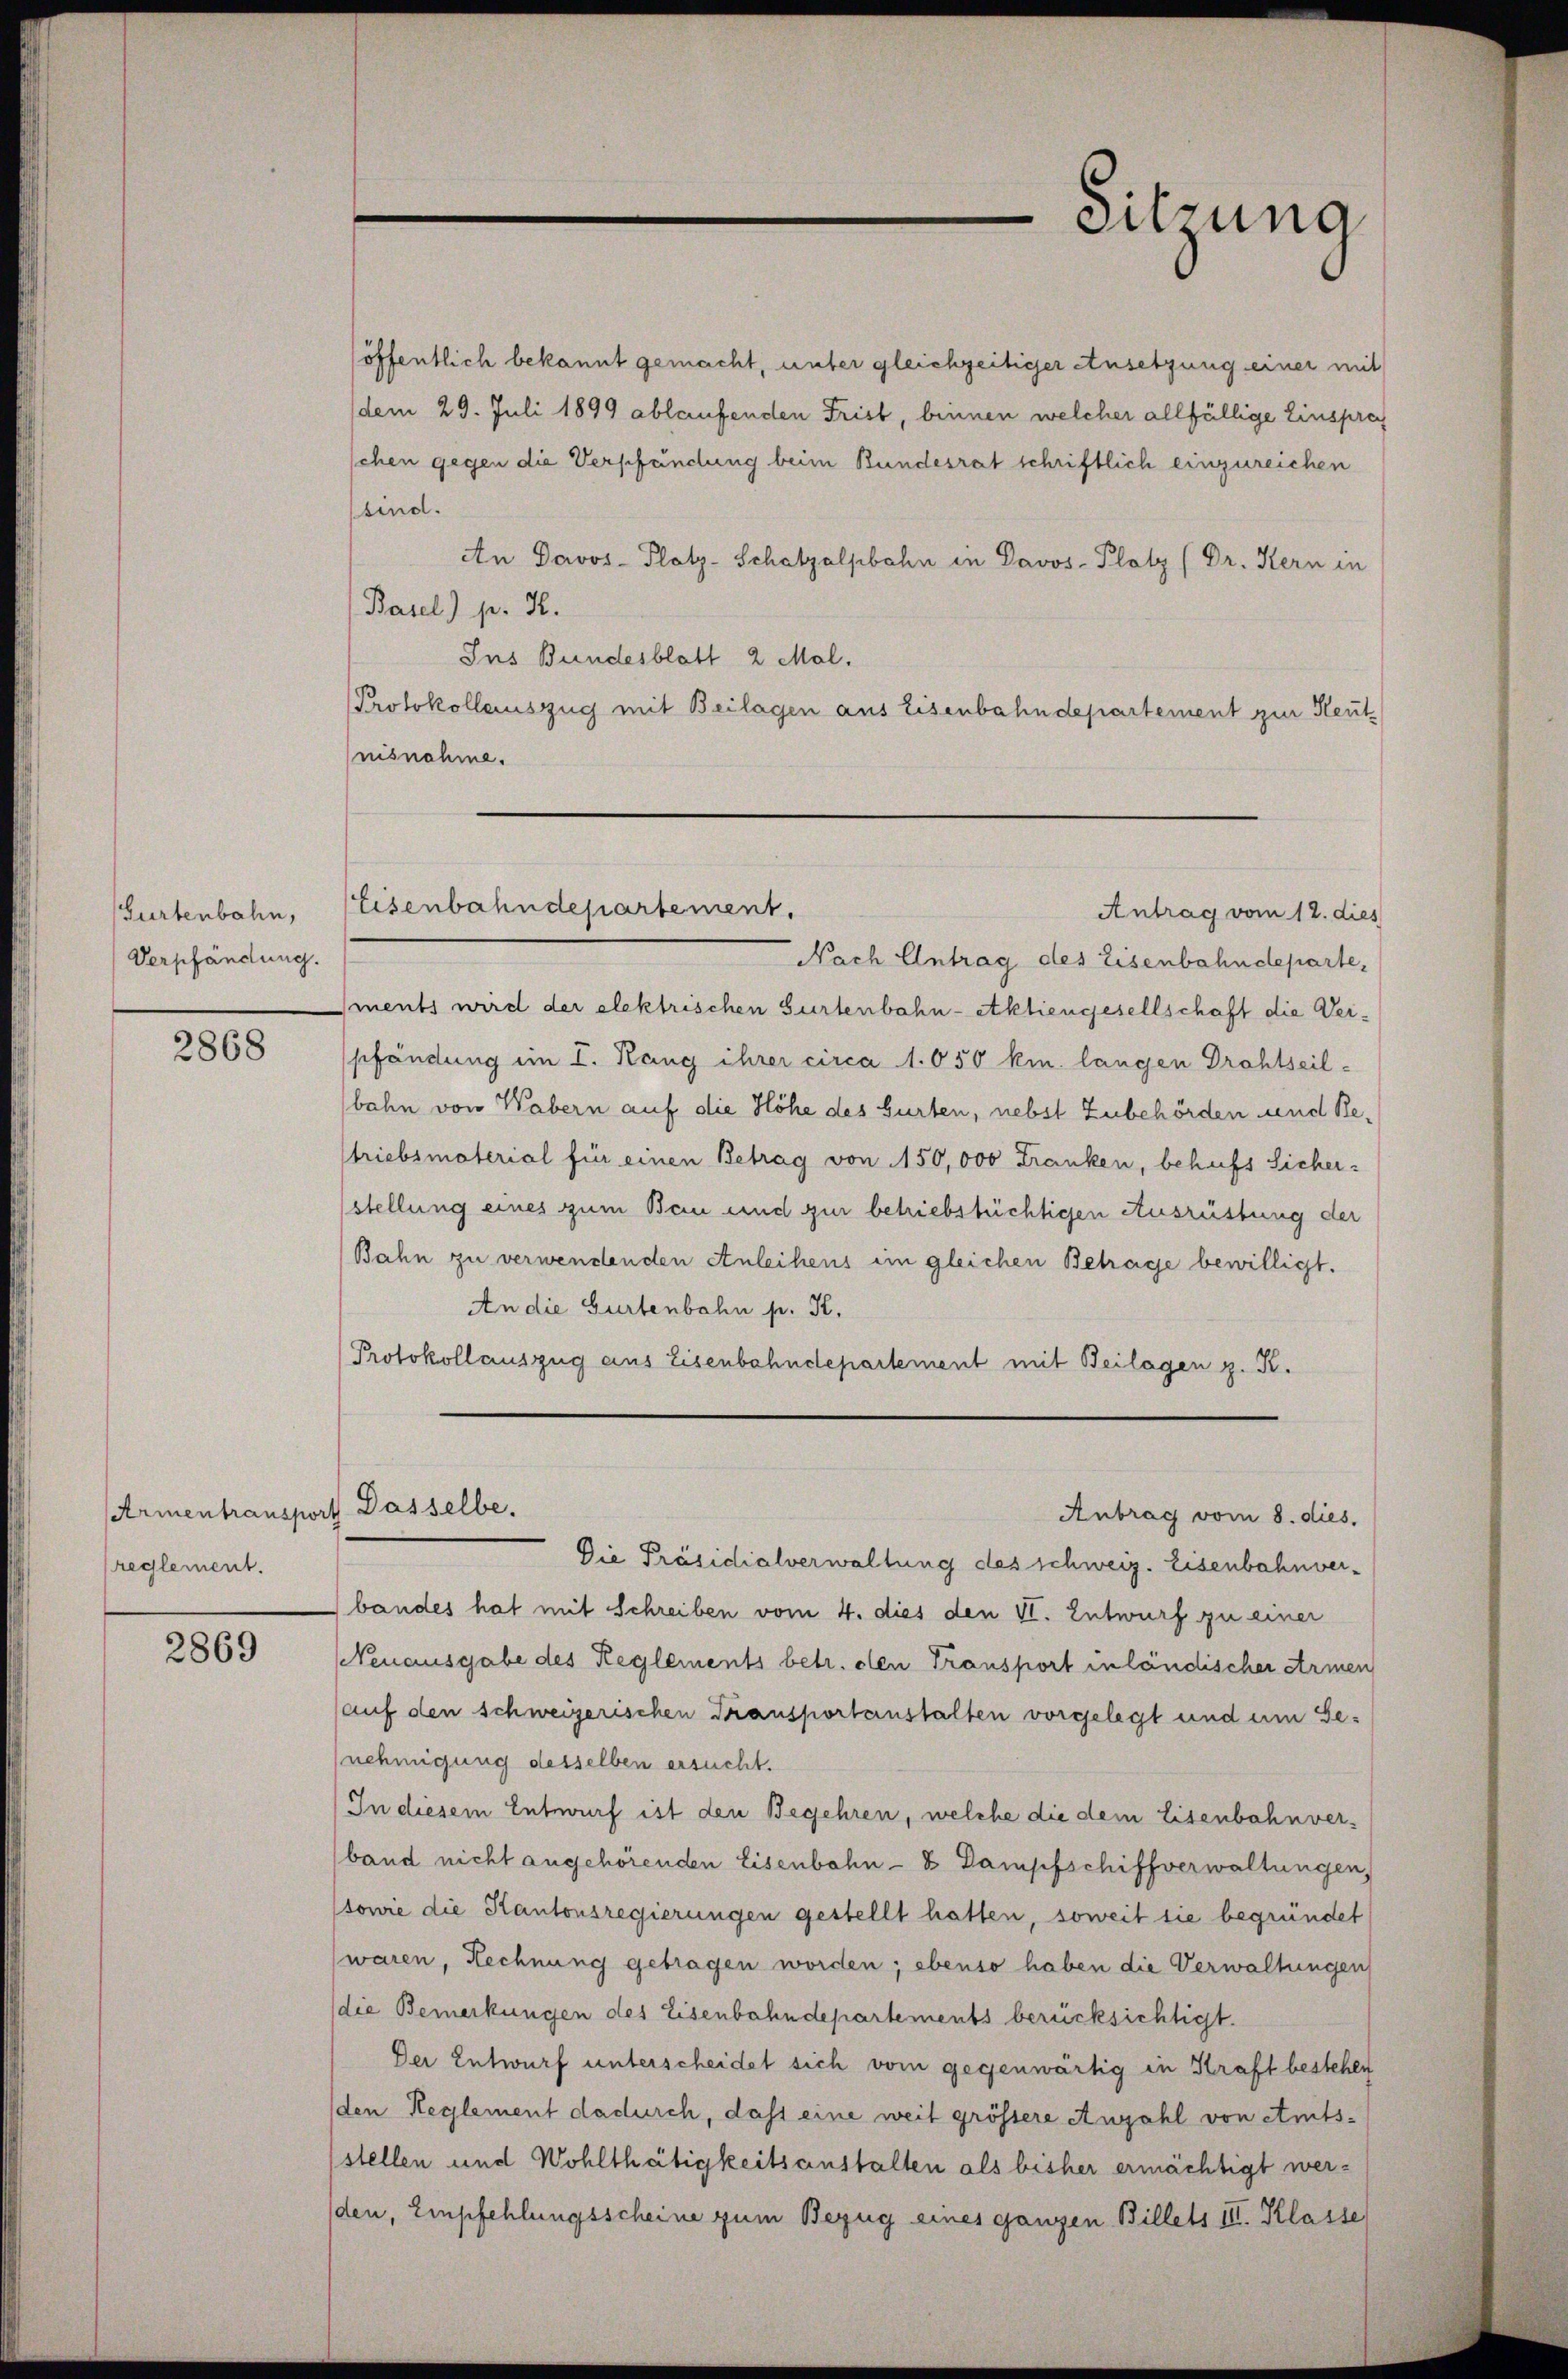
Gurtenbahn,
Verpfändung.

2868

Armentransport Dasselbe.
reglement.

2869

(öffentlich bekannt gemacht, unter gleichzeitiger Ansetzung einer mit
(dem 29. Juli 1899 ablaufenden Frist, binnen welcher allfällige Einsprec
schen gegen die Verpfändung beim Bundesrat schriftlich einzureichen
sind.
An Davos- Plotz-Schatzalpbahn in Davos- Platz (Dr. Kern in
Basel) p. H.
Ins Bundesblatt 2 Mal.
Protokollauszug mit Beilagen aus Eisenbahndepartement zur Heut
nisnahme.
Eisenbahndepartement.
Antrag vom 12. dies
Nach Antrag des Eisenbahndeparte,
ments wird der elektrischen Gurtenbahn-etktiengesellschaft die Verpfändung im I. Rang ihrer circa 1.050 km langen Drohtseilbahn von Wabern auf die Höhe des Gurten, nebst Zubehörden und Betriebsmaterial für einen Betrag von 150,000 Franken, behufs Sicher-
stellung eines zum Bau und zur beliebstüchtigen Ausrüstung der
Bahn zu verwendenden Anleihens im gleichen Betrage bewilligt.
An die Gurtenbahn p. K.
Protokollauszug aus Eisenbahndepartement mit Beilagen z. R.

Sitzung

Die Präsidialverwaltung des schweiz. Eisenbahnverbandes hat mit Schreiben vom 4. dies den VI. Entwurf zu einer
Neuausgabe des Reglements betr. den Transport in ländischer Armen
(auf den schweizerischen Transportanstalten vorgelegt und um Genehmigung desselben ersucht.
In diesem Entwurf ist den Begehren, welche die dem Eisenbahnverband nicht angehörenden Eisenbahn- & Dampfschiffverwaltungen,
(sowie die Kantonsregierungen gestellt hatten, soweit sie begründet
waren, Rechnung getragen worden; ebenso haben die Verwaltungen
(die Bemerkungen des Eisenbahndepartements berücksichtigt.
Der Entwurf unterscheidet sich vom gegenwärtig in Kraft bestehen
(den Reglement dadurch, das eine weit grössere Anzahl von Amtsstellen und Wohlthätigkeitsanstalten als bisher ermächtigt werden, Empfehlungsscheine zum Bezug eines ganzen Billets III. Klasse

Antrag vom 8. dies